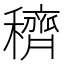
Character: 穧